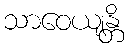
သာဝေယျန္တိ